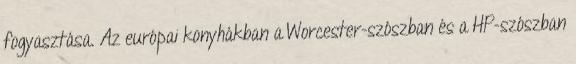
fogyasztása. Az európai konyhákban a Worcester-szószban és a HP-szószban